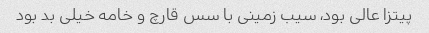
پیتزا عالی بود، سیب زمینی با سس قارچ و خامه خیلی بد بود